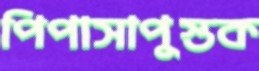
পিপাসাপুস্তক